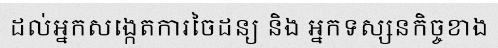
ដល់អ្នកសង្កេតការចៃដន្យ និង អ្នកទស្សនកិច្ចខាង